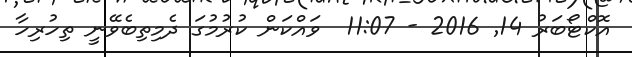
އޮކްޓޯބަރު 14